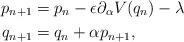
LaTeX: \begin{align*}p_{n+1} &= p_n - \epsilon\partial_\alpha V(q_n) - \lambda\\q_{n+1} &= q_n + \alpha p_{n+1},\end{align*}